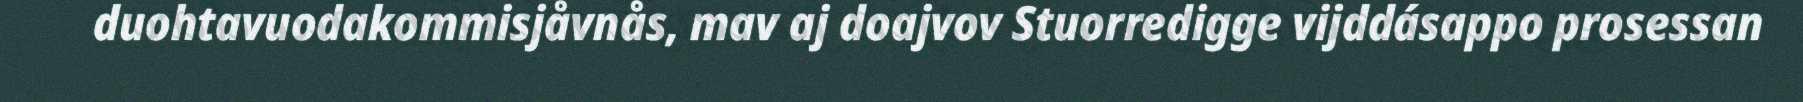
duohtavuodakommisjåvnås, mav aj doajvov Stuorredigge vijddásappo prosessan